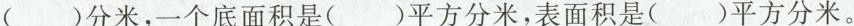
( )分米，一个底面积是( )平方分米，表面积是( )平方分米。